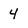
Character: 4